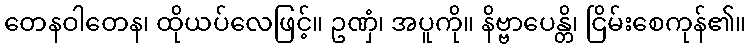
တေနဝါတေန၊ ထိုယပ်လေဖြင့်။ ဥဏှံ၊ အပူကို။ နိဗ္ဗာပေန္တိ၊ ငြိမ်းစေကုန်၏။